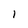
Character: I